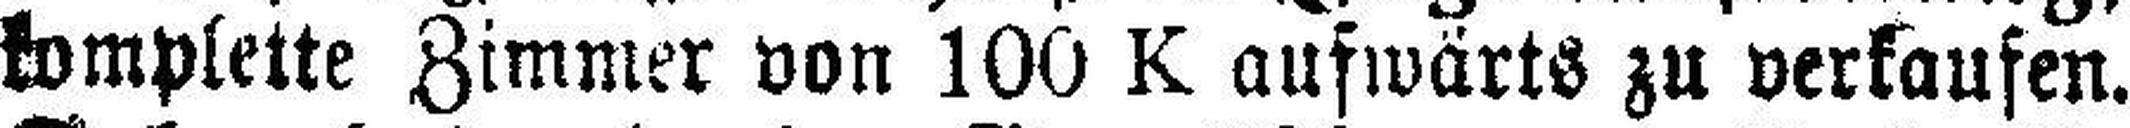
komplette Zimmer von 100 K aufwärts zu verkaufen.